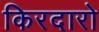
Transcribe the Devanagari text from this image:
किरदारो